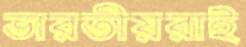
ভারতীয়রাই